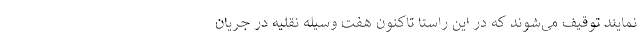
نمایند توقیف می‌شوند که در این راستا تاکنون هفت وسیله نقلیه در جریان